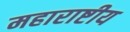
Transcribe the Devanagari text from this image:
महाराष्टीय